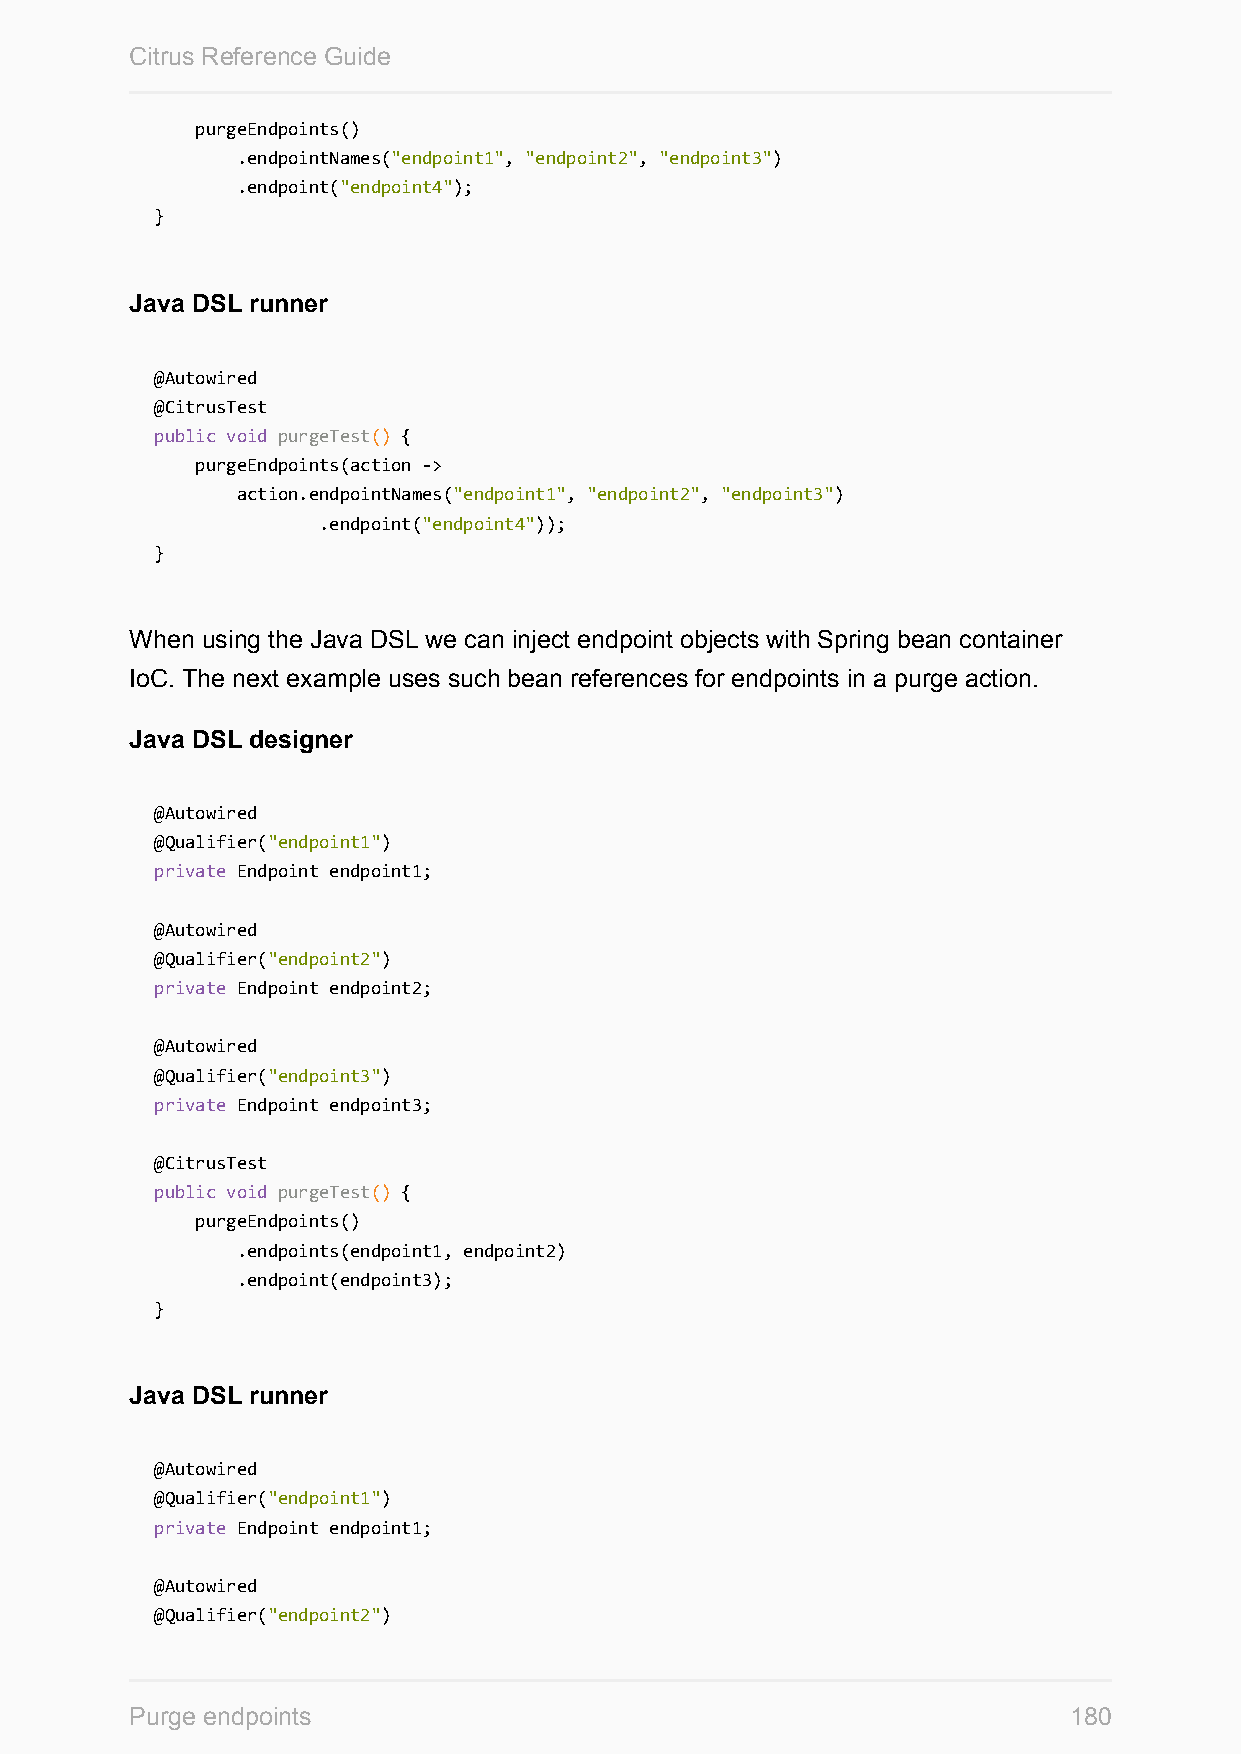
Citrus Reference Guide
 purgeEndpoints()
 .endpointNames("endpoint1", "endpoint2", "endpoint3")
 .endpoint("endpoint4");
 }
 Java DSL runner
 @Autowired
 @CitrusTest
 public void purgeTest() {
 purgeEndpoints(action ->
 action.endpointNames("endpoint1", "endpoint2", "endpoint3")
 .endpoint("endpoint4"));
 }
 When using the Java DSL we can inject endpoint objects with Spring bean container
 IoC. The next example uses such bean references for endpoints in a purge action.
 Java DSL designer
 @Autowired
 @Qualifier("endpoint1")
 private Endpoint endpoint1;
 @Autowired
 @Qualifier("endpoint2")
 private Endpoint endpoint2;
 @Autowired
 @Qualifier("endpoint3")
 private Endpoint endpoint3;
 @CitrusTest
 public void purgeTest() {
 purgeEndpoints()
 .endpoints(endpoint1, endpoint2)
 .endpoint(endpoint3);
 }
 Java DSL runner
 @Autowired
 @Qualifier("endpoint1")
 private Endpoint endpoint1;
 @Autowired
 @Qualifier("endpoint2")
 Purge endpoints                                               180